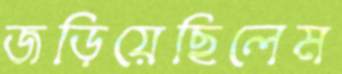
জড়িয়েছিলেম